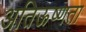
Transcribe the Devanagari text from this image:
अतिऊष्णता